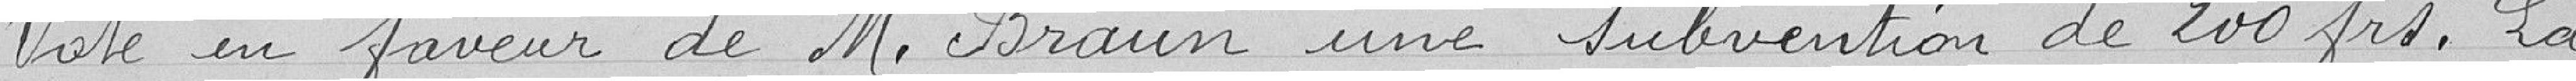
Vote en faveur de Monsiueur Braun une subvention de 200 francs, la